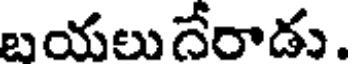
బయలుదేరాడు.